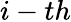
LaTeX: \textit{i}-th